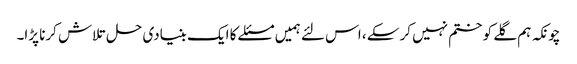
چونکہ ہم گلے کو ختم نہیں کرسکے ، اس لئے ہمیں مسئلے کا ایک بنیادی حل تلاش کرنا پڑا۔